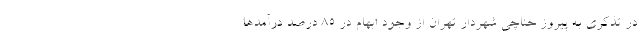
در تذکری به پیروز حناچی شهردار تهران از وجود ابهام در 85 درصد درآمدها